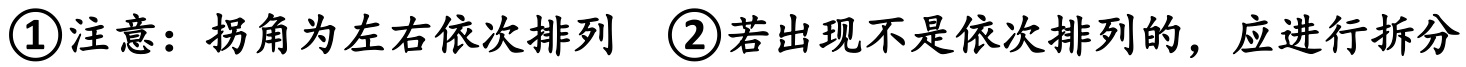
\textcircled{1}注意：拐角为左右依次排列  \textcircled{2}若出现不是依次排列的，应进行拆分